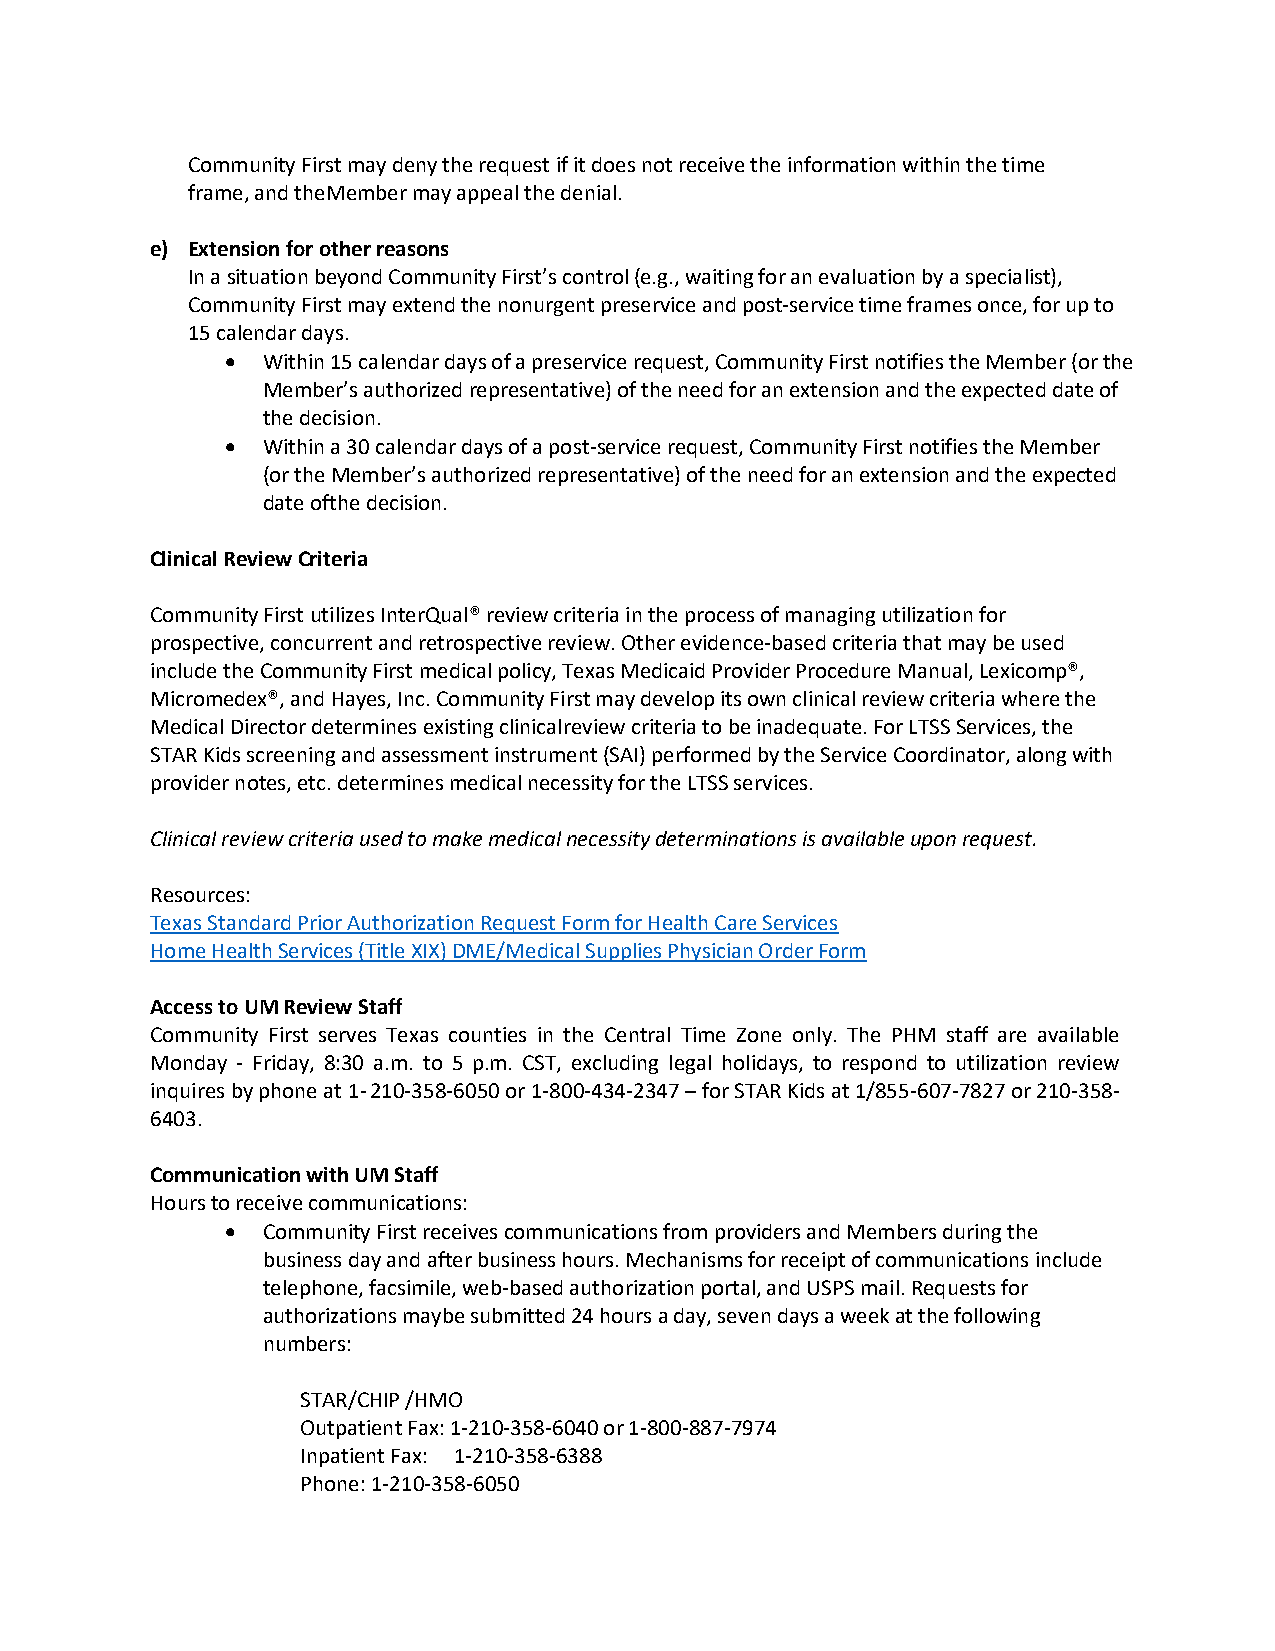
Community First may deny the request if it does not receive the information within the time
 frame, and the Member may appeal the denial.
 e) Extension for other reasons
 In a situation beyond Community First’s control (e.g., waiting for an evaluation by a specialist),
 Community First may extend the nonurgent preservice and post-service time frames once, for up to
 15 calendar days.
 • Within 15 calendar days of a preservice request, Community First notifies the Member (or the
 Member’s authorized representative) of the need for an extension and the expected date of
 the decision.
 • Within a 30 calendar days of a post-service request, Community First notifies the Member
 (or the Member’s authorized representative) of the need for an extension and the expected
 date of the decision.
 Clinical Review Criteria
 Community First utilizes InterQual® review criteria in the process of managing utilization for
 prospective, concurrent and retrospective review. Other evidence-based criteria that may be used
 include the Community First medical policy, Texas Medicaid Provider Procedure Manual, Lexicomp®,
 Micromedex®, and Hayes, Inc. Community First may develop its own clinical review criteria where the
 Medical Director determines existing clinical review criteria to be inadequate. For LTSS Services, the
 STAR Kids screening and assessment instrument (SAI) performed by the Service Coordinator, along with
 provider notes, etc. determines medical necessity for the LTSS services.
 Clinical review criteria used to make medical necessity determinations is available upon request.
 Resources:
 Texas Standard Prior Authorization Request Form for Health Care Services
 Home Health Services (Title XIX) DME/Medical Supplies Physician Order Form
 Access to UM Review Staff
 Community First serves Texas counties in the Central Time Zone only. The PHM staff are available
 Monday - Friday, 8:30 a.m. to 5 p.m. CST, excluding legal holidays, to respond to utilization review
 inquires by phone at 1- 210-358-6050 or 1-800-434-2347 – for STAR Kids at 1/855-607-7827 or 210-358-
 6403.
 Communication with UM Staff
 Hours to receive communications:
 • Community First receives communications from providers and Members during the
 business day and after business hours. Mechanisms for receipt of communications include
 telephone, facsimile, web-based authorization portal, and USPS mail. Requests for
 authorizations may be submitted 24 hours a day, seven days a week at the following
 numbers:
 STAR/CHIP /HMO
 Outpatient Fax: 1-210-358-6040 or 1-800-887-7974
 Inpatient Fax: 1-210-358-6388
 Phone: 1-210-358-6050